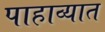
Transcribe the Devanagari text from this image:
पाहाव्यात